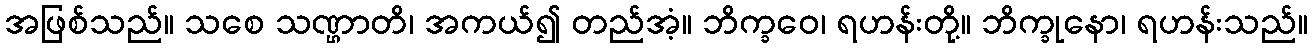
အဖြစ်သည်။ သစေ သဏ္ဌာတိ၊ အကယ်၍ တည်အံ့။ ဘိက္ခဝေ၊ ရဟန်းတို့။ ဘိက္ခုနော၊ ရဟန်းသည်။